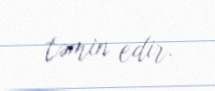
təmin edir.